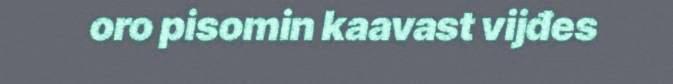
oro pisomin kaavast vijđes